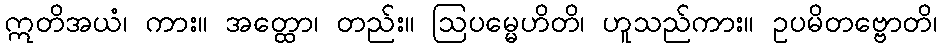
ဣတိအယံ၊ ကား။ အတ္ထော၊ တည်း။ ဩပမ္မေဟိတိ၊ ဟူသည်ကား။ ဥပမိတဗ္ဗောတိ၊